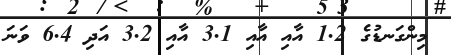
މިންގަނޑުގެ 1.2 އާއި އާއި 3.1 އާއި 3.2 އަދި 6.4 ވަނަ